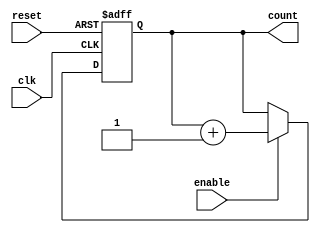
module cascaded_counter (
    input wire clk,         // Clock signal
    input wire reset,       // Asynchronous reset signal
    input wire enable,      // Enable signal
    output reg [3:0] count  // 4-bit counter output
);

// Always block triggered on the rising edge of the clock or when reset is asserted
always @(posedge clk or posedge reset) begin
    if (reset) begin
        // Reset the counter to 0
        count <= 4'b0000;
    end else if (enable) begin
        // Increment the counter
        count <= count + 1;
    end
end

endmodule